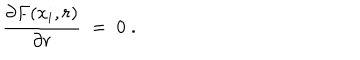
LaTeX: { \frac { \partial F ( x _ { i } , r ) } { \partial r } } \; = \; 0 \; .